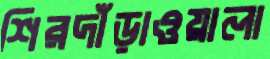
শিরদাঁড়াওয়ালা